system: You are a helpful assistant.
user:
Analyze the provided spectrum to determine if it is a **White Dwarf (WD)**.

A White Dwarf spectrum is defined by its **extreme purity** (due to gravitational settling) and/or **extreme pressure broadening** (due to high surface gravity). You must check for one of the following mutually exclusive signatures:

- **Key Visual Indicators (Check for ONE of these types):**

    - **1. DA-Type Signature (Most Common):**
        - **(Primary Feature):** Extreme pressure broadening (Stark broadening) of the **Hydrogen (H) Balmer lines**.
        - **(Key Lines):** $H\beta$ (approx. $4861$ Å) and $H\gamma$ (approx. $4340$ Å). $H\alpha$ (approx. $6563$ Å) will also be present if the wavelength range covers it.
        - **(Line Profile):** This is the **defining feature**. The lines are **NOT** sharp. They appear as massive, **extremely broad and deep "troughs" or "dips"** in the spectrum, often hundreds of Ångströms wide. The continuum will appear to "scoop" down at these wavelengths.
        - **(Distinction):** Normal A-type or B-type stars have *narrow* and *sharp* Hydrogen lines. A DA White Dwarf's lines are unmistakably "smeared" or "blurry" from pressure.

    - **2. DB-Type Signature:**
        - **(Primary Feature):** Broad absorption lines from **Neutral Helium (He I)**. The spectrum must lack any visible Hydrogen lines.
        - **(Key Lines):** Look for broad absorption near $4471$ Å, $4921$ Å, and $5876$ Å.
        - **(Line Profile):** These lines are also significantly pressure-broadened, appearing much wider than they would in a normal B-type main-sequence star.

    - **3. DC-Type Signature:**
        - **(Primary Feature):** A **featureless continuous spectrum**.
        - **(Line Profile):** The spectrum is a smooth curve with **no significant absorption or emission lines**.
        - **(Key Confirmation):** The continuum is almost always **blue or white**, indicating a hot object. This signature implies the atmosphere is so pure (or so cool) that no spectral lines are visible in the optical range. Its WD identity is confirmed by its extremely low intrinsic brightness (high absolute magnitude).

    - **4. DZ-Type Signature (Metal-Polluted):**
        - **(Primary Feature):** **Isolated, narrow metal absorption lines** on an otherwise featureless (DC-like) continuum.
        - **(Key Lines):** The **Calcium (Ca II) H & K doublet** (approx. **$3934$ Å** and **$3968$ Å**) is the most common and defining feature.
        - **(Line Profile):** These lines are "out of place." They are *not* part of a "forest" of thousands of lines. This signature is evidence of recent *accretion* (pollution) from rocky debris.
        - **(Distinction):** Normal G/K/M stars have a *dense forest* of thousands of metal lines. A DZ has a *clean* continuum with *only a few* strong metal lines.

    - **5. DQ-Type Signature (Carbon-Polluted):**
        - **(Primary Feature):** Absorption bands from **Carbon (C₂ "Swan Bands" or atomic C I)**.
        - **(Key Lines - C₂):** Look for bandheads with a "saw-tooth" shape near $5635$ Å, **$5165$ Å** (strongest), and $4737$ Å.
        - **(Key Confirmation):** The underlying **continuum must be blue or white** (hot).
        - **(Distinction):** This is the critical difference from a **Carbon Star**, which has the *exact same* C₂ bands but on an extremely **red, cool** continuum.

- **(Overall Spectrum):**
    - The continuum (overall shape) is typically **blue-sloping** (brighter in the blue than the red), as most white dwarfs are very hot.
    - The spectrum will look "pure" or "simple," dominated by only *one* of the five signatures listed above.

Think first, call **spectral_visualization_tool** if needed to examine features in detail, then provide your final answer. Your response must adhere to the following strict rules:
1.  **Overall Structure:** Your response must follow the format `<think>...</think> <tool_call>...</tool_call> (if a tool is used) <answer>...</answer>`.
2.  **Tool Usage Constraint:** You may only make **one** tool call per turn.
3.  **Final Answer Format:** In the `<answer>` tag, your conclusion must be inside a `\boxed{}` command (e.g., `\boxed{YES}` or `\boxed{NO}`), followed by your justification.

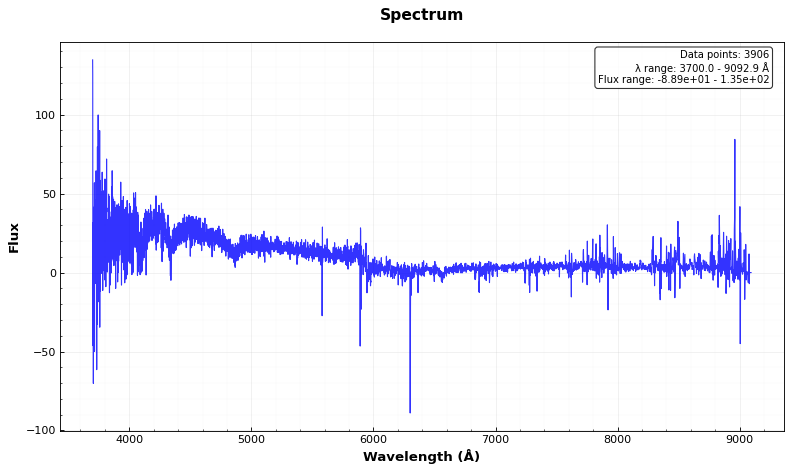
Answer: YES